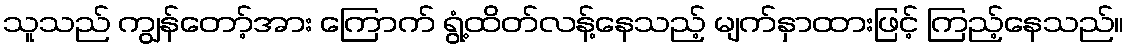
သူသည် ကျွန်တော့်အား ကြောက် ရွံ့ထိတ်လန့်နေသည့် မျက်နှာထားဖြင့် ကြည့်နေသည်။